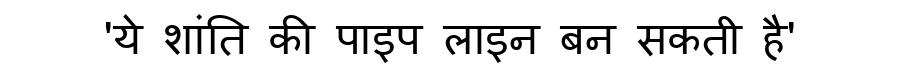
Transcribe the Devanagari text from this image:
'ये शांति की पाइप लाइन बन सकती है'